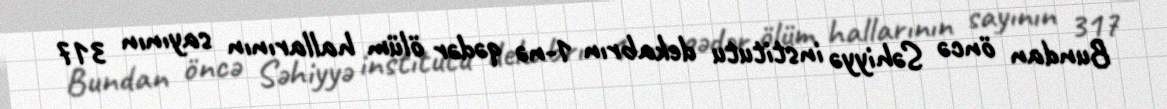
Bundan öncə Səhiyyə institutu dekabrın 1-nə qədər ölüm hallarının sayının 317